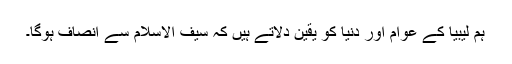
ہم لیبیا کے عوام اور دنیا کو یقین دلاتے ہیں کہ سیف الاسلام سے انصاف ہوگا۔